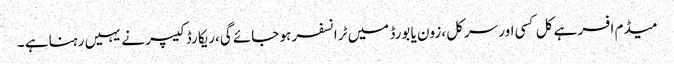
میڈم افسر ہے کل کسی اور سرکل ،زون یا بورڈ میں ٹرانسفر ہو جائے گی،ریکارڈ کیپر نے یہیں رہنا ہے ۔